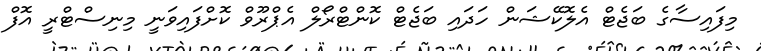
މިފައިސާގެ ބަޖެޓް އެލޮކޭޝަން ހަދައި ބަޖެޓް ކޮންޓްރޯލް އެޕްރޫވް ކޮށްފައިވަނީ މިނިސްޓްރީ އޮފް